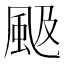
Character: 𩖪